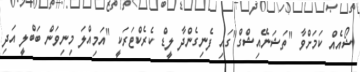
ޝޯއެއް ކަމަށްވާ "ތަޝަނޭއިޝްގް"ގައި ފެނިގެންދާ ލީޑް ކެރެކްޓަރަކީ "އަމިއްލަ މިނިވަން ބަބްލީ އަދި